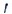
Text: 1